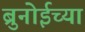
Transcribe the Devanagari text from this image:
ब्रुनोईच्या